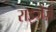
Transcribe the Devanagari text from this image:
राइजेज़